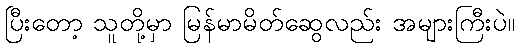
ပြီးတော့ သူတို့မှာ မြန်မာမိတ်ဆွေလည်း အများကြီးပဲ။